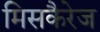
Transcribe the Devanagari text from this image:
मिसकैरेज